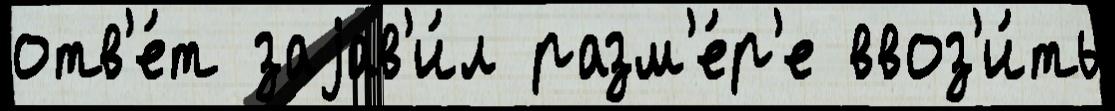
отв'е́т заjав'и́л разм'е́р'е ввоз'и́ть